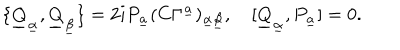
\{ \underline { { Q } } _ { \underline { { \alpha } } } , \underline { { Q } } _ { \underline { { \beta } } } \} = 2 i P _ { \underline { { a } } } ( C \Gamma ^ { \underline { { a } } } ) _ { \underline { { \alpha } } \underline { { \beta } } } , \quad [ \underline { { Q } } _ { \underline { { \alpha } } } , P _ { \underline { { a } } } ] = 0 .